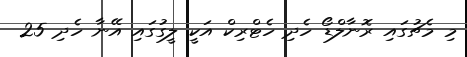
މި މެޗުގައި ރޮނާލްޑޯ ހެދި ހެޓްރިކް އަކީ ލީގުގައި އޭނާ ހެދި 25